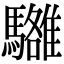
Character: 𩦼